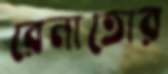
রেনাতোর